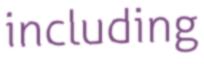
including